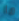
ما